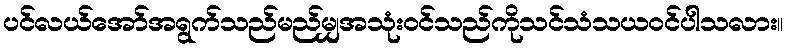
ပင်လယ်အော်အရွက်သည်မည်မျှအသုံးဝင်သည်ကိုသင်သံသယဝင်ပါသလား။